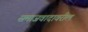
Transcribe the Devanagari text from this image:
समाजवादावरील